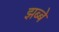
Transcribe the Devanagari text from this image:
झब्बे